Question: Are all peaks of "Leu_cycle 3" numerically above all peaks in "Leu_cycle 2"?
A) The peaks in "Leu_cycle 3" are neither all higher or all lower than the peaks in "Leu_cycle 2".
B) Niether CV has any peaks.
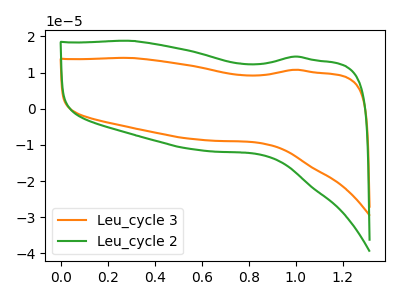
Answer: <think>The orange curve "Leu_cycle 3" has no peaks. The green curve "Leu_cycle 2" has no peaks.</think>
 <answer>B) Niether CV has any peaks.</answer>
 <eval>B</eval>